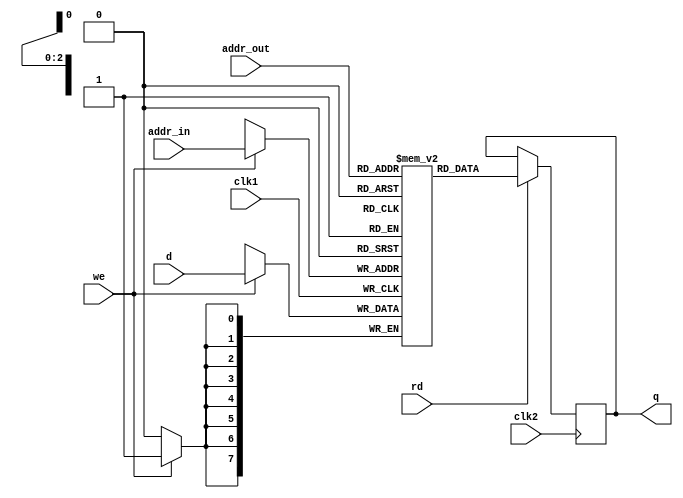
module ram_dual(
        output[7:0] q,
        input [7:0]d,
        input [2:0]addr_in,
        input [2:0] addr_out,
        input we,
        input rd,
        input clk1,
        input clk2
);
        reg[7:0]  q;
        reg[7:0]mem[7:0];
            always @(posedge clk1 )           
                begin                                        
                    if(we)                               
                       mem[addr_in] <= d;                                                                        
                end                                                                                                    
        always@(posedge clk2)
            begin
                if (rd) begin
                    q <= mem[addr_out];
                end
            end                                        
endmodule